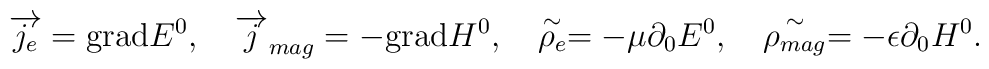
\overrightarrow{j_e}=\mathrm{grad}E^0, \quad \overrightarrow{j}_{mag}=-\mathrm{grad}H^0, \quad \stackrel{\sim }{\rho _e}=-\mu \partial _0E^0, \quad\stackrel{\sim }{\rho _{mag}}=-\epsilon \partial _0H^0.